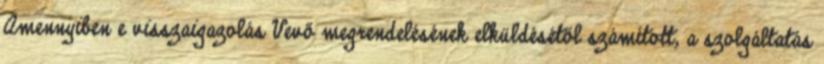
Amennyiben e visszaigazolás Vevő megrendelésének elküldésétől számított, a szolgáltatás